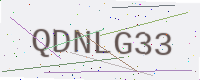
Text: QDNLG33